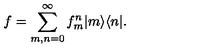
f = \sum _ { m , n = 0 } ^ { \infty } f _ { m } ^ { n } | m \rangle \langle n | .